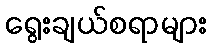
ရွေးချယ်စရာများ